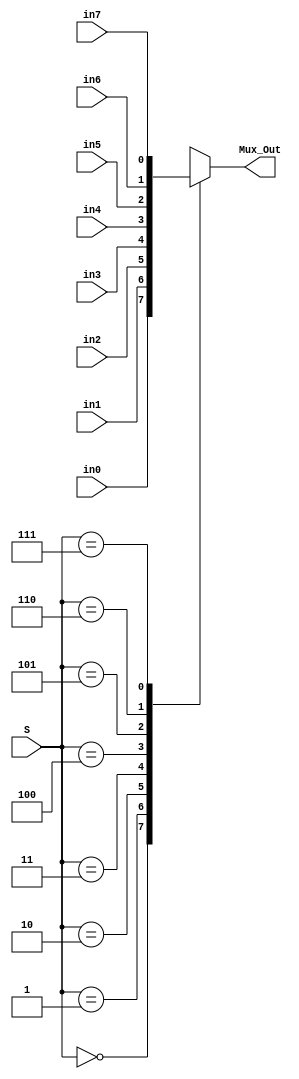
module Mux_8_to_1(Mux_Out , S , in0 , in1 , in2 , in3 , in4 , in5 , in6 , in7);

output reg Mux_Out;
input [2:0] S;
input in0 , in1 , in2 , in3 , in4 , in5 , in6 , in7;

always@(*)
begin
	case(S)
		
		3'b000 : Mux_Out = in0;
		3'b001 : Mux_Out = in1;
		3'b010 : Mux_Out = in2;
		3'b011 : Mux_Out = in3;
		3'b100 : Mux_Out = in4;
		3'b101 : Mux_Out = in5;
		3'b110 : Mux_Out = in6;
		3'b111 : Mux_Out = in7;
	endcase
end

endmodule